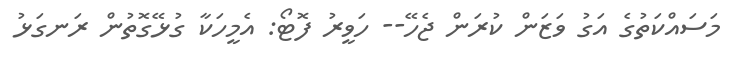
މަސައްކަތުގެ އަގު ވަޒަން ކުރަން ޖެހޭ-- ހަވީރު ފޮޓޯ: އެމީހަކާ ގުޅޭގޮތުން ރަނގަޅު